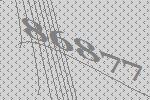
86877